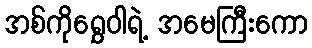
အစ်ကိုရွှေဝါရဲ့ အမေကြီးကော